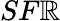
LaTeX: SF\mathbb{R}